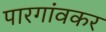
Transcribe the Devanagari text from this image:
पारगांवकर